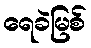
ရေခဲမြစ်